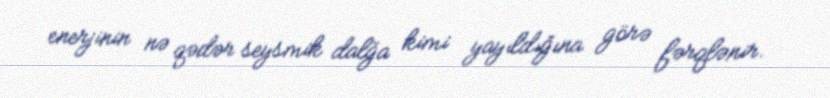
enerjinin nə qədər seysmik dalğa kimi yayıldığına görə fərqlənir.